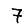
Digit: 7